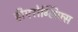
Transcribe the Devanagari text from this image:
हीएरोग्लिफ्स